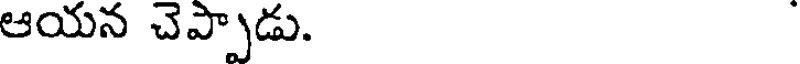
ఆయన చెప్పాడు.